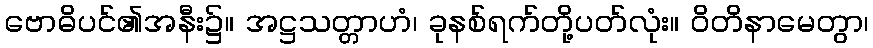
ဗောဓိပင်၏အနီး၌။ အဋ္ဌသတ္တာဟံ၊ ခုနစ်ရက်တို့ပတ်လုံး။ ဝိတိနာမေတွာ၊